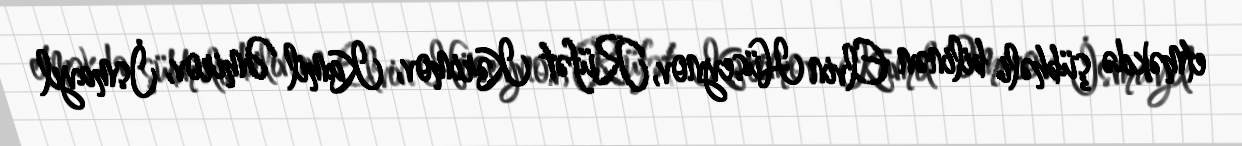
etməkdə şübhəli bilinən Elvin Hüseynov, Rüfət Kərimov, Kamil Əmirov, İsmayıl